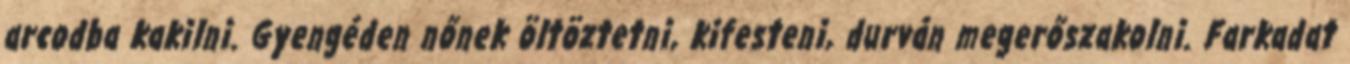
arcodba kakilni. Gyengéden nőnek öltöztetni, kifesteni, durván megerőszakolni. Farkadat